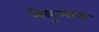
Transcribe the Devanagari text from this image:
मेलुआना